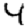
Digit: 4